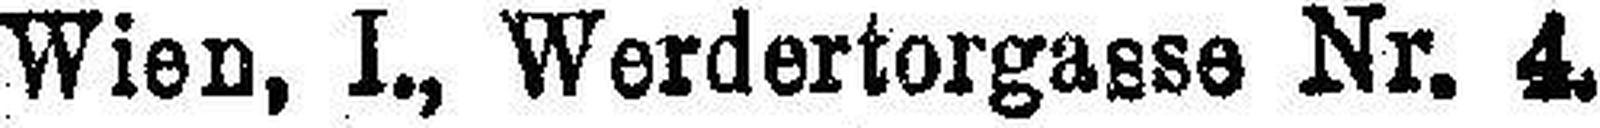
Wien, I., Werdertorgasse Nr. 4.